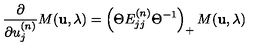
\frac { \partial } { \partial u _ { j } ^ { ( n ) } } M ( { \bf u } , \lambda ) = \left( \Theta E _ { j j } ^ { ( n ) } \Theta ^ { - 1 } \right) _ { + } M ( { \bf u } , \lambda )